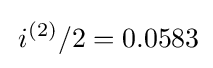
\,i^{(2)}/2=0.0583